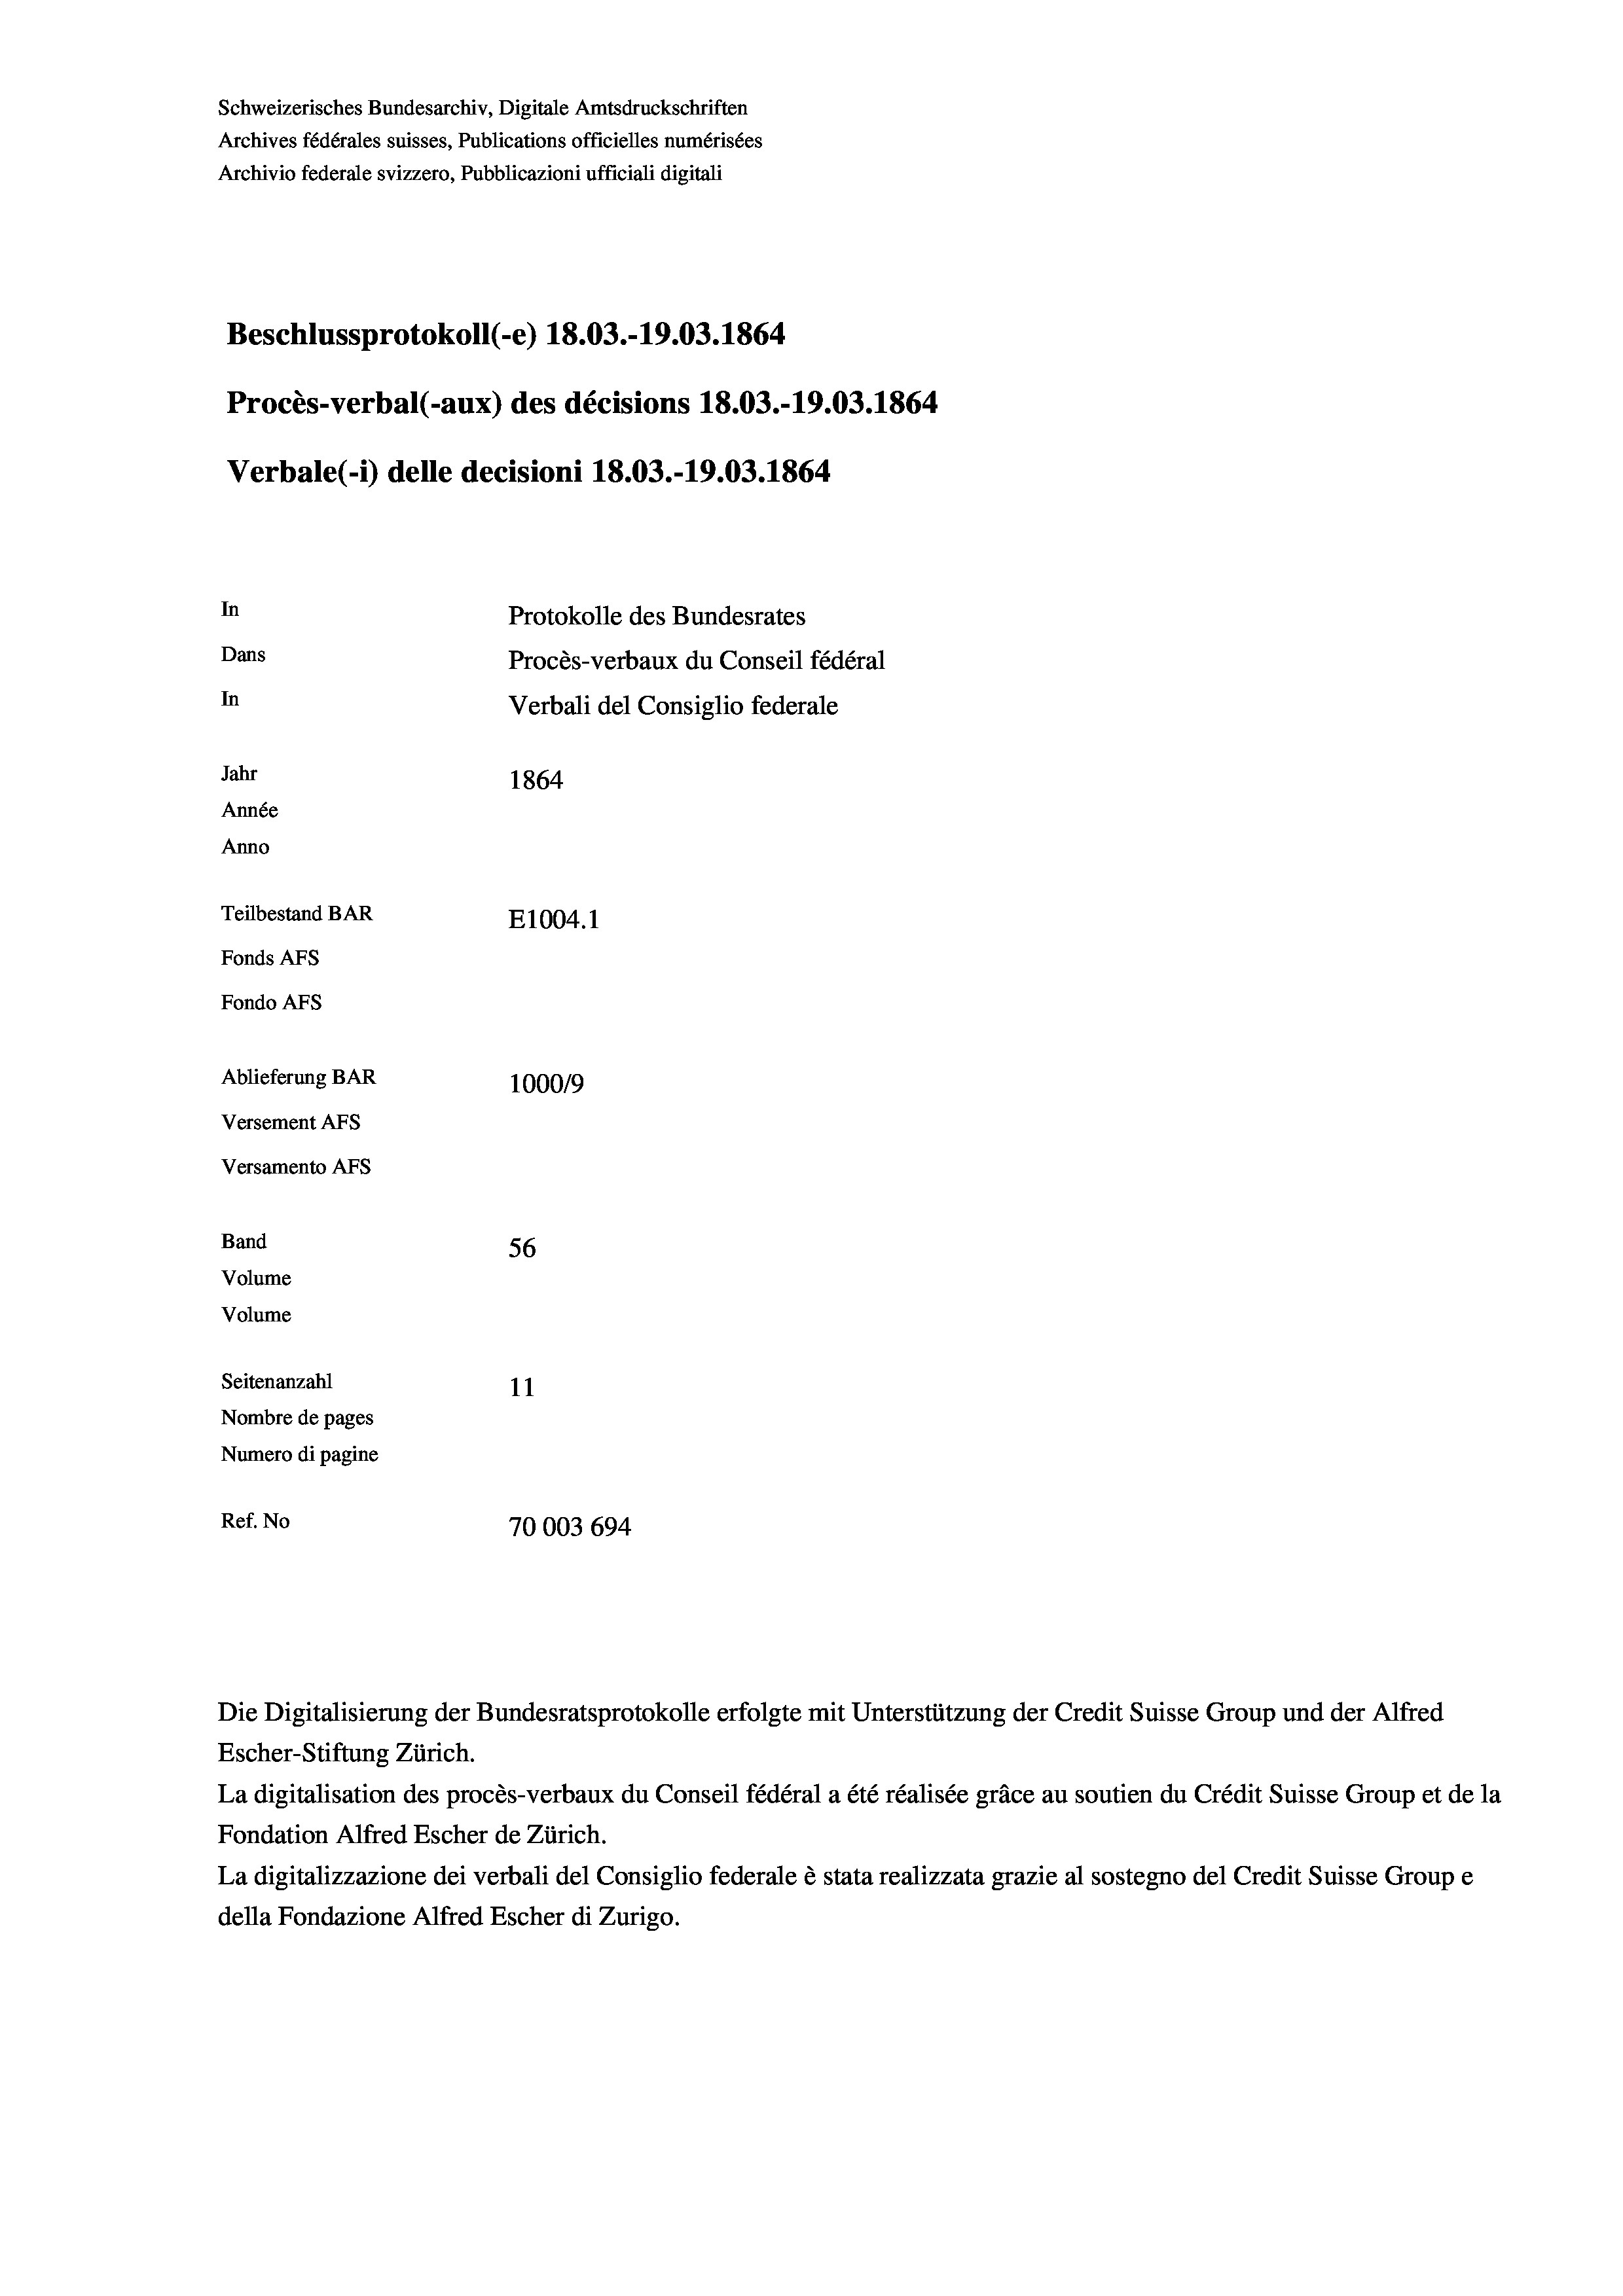
Beschlussprotokoll (-e) 18.03.-19.03. 1864
Procès-verbal (-aux) des décisions 18.03.-19.03. 1864
Verbale(-*) delle decisioni 18.03.-19.03. 1864
In
Protokolle des Bundesrates
Dans
Procès-verbaux du Conseil fédéral
In
Verbali del Consiglio federale
Jahr
1864
Année
Anno
Teilbestand BAR
E1004.1
Fonds AFs
Fondo AFS

Ablieferung BAR
Versement As
Versamento Afs
Band
Volume
Volume
Seitenanzahl
Nombre de pages

Schweizerisches Bundesarchiv, Digitale Amtsdruckschriften
Archives fédérales suisses, Publications officielles numérisées
Archivio federale svizzero, Pubblicazioni ufficiali digitali

1000/9
56
11
Numero di pagine
Ref. No
70003 694

Escher-Stiftung Zürich.
La digitalisation des procès-verbaux du Conseil fédéral a été réalisée gräce au soutien du Crédit Suisse Group et de la
Fondation Alfred Escher de Zürich.
La digitalizzazione dei verbali del Consiglio federale è stata realizzata grazie al sostegno del Credit Suisse Groupe
della Fondazione Alfred Escher di Zurigo.

Die Digitalisierung der Bundesratsprotokolle erfolgte mit Unterstützung der Credit Suisse Group und der Alfred